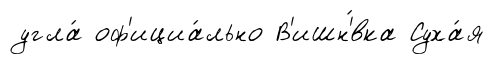
угла́ оф'ициа́льно В'ишн'́вка Суха́я